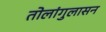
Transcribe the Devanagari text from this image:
तोलांगुलासन